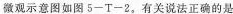
微观示意图如图5-T-2，有关说法正确的是